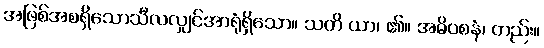
အဖြစ်အစရှိသောသီလလျှင်အာရုံရှိသော။ သတိ ယာ၊ ၏။ အဓိဝစနံ၊ တည်း။